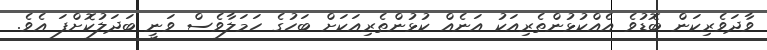
ވާދަވެރިކަން ބޮޑުވެ އެއްކުޅުންތެރިއަކު އަނެއް ކުޅުންތެރިއަކަށް ބަހުގެ ހަމަލާވެސް ވަނީ ބަދަލުކޮށްފަ އެވެ.